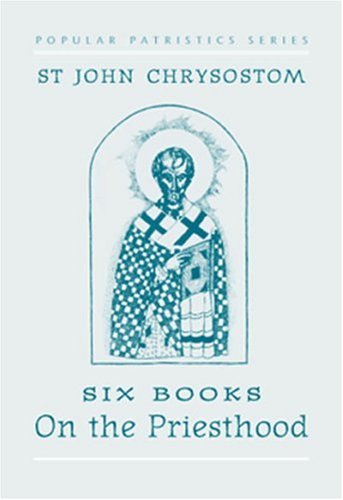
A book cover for St. John Chrysostom: Six Books on the Priesthood (St. Vladimir's Seminary Press Popular Patristics Series); St. John Chrysostom; Christian Books & Bibles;